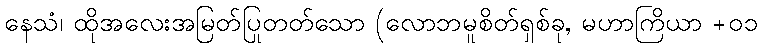
နေသံ၊ ထိုအလေးအမြတ်ပြုတတ်သော (လောဘမူစိတ်ရှစ်ခု, မဟာကြိယာ +၀၁